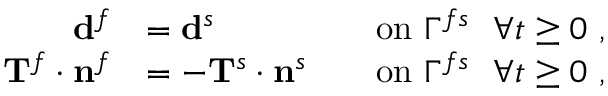
\begin{array} { r l r l } { \mathbf { d } ^ { f } } & { = \mathbf { d } ^ { s } } & & { \mathrm { o n ~ } \Gamma ^ { f s } ~ ~ \forall t \ge 0 ~ , } \\ { \mathbf { T } ^ { f } \cdot \mathbf { n } ^ { f } } & { = - \mathbf { T } ^ { s } \cdot \mathbf { n } ^ { s } } & & { \mathrm { o n ~ } \Gamma ^ { f s } ~ ~ \forall t \ge 0 ~ , } \end{array}